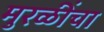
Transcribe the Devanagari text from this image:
मुरळींचा